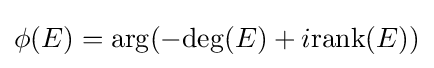
\phi (E)=\arg(-\mathrm {deg} (E)+i\mathrm {rank} (E))